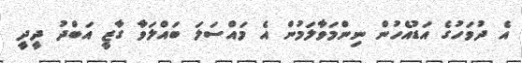
އެ ދުވަހުގެ އަޑުއެހުން ނިންމަވާލަމުން އެ މައްސަލަ ބައްލަވާ ގާޒީ އަބްދު ދީދީ